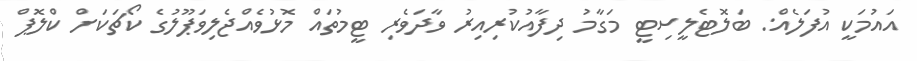
އައުމަކީ އުފަލެއް: ބަލޮޓެލީސިޓީ މަގާމު ދިފާއުކުރިއިރު ވާދަވެރި ޓީމުތައް މޮޅުވެއްޖެލިވަޕޫލުގެ ކޯޗަކަށް ކްލޮޕް